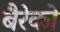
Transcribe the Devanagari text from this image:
बैरेको